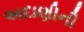
અદાણીની